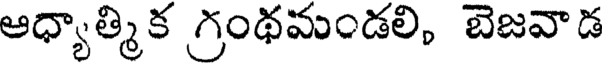
ఆధ్యాత్మిక గ్రంథమండలి, బెజవాడ